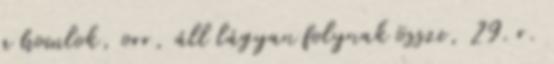
a homlok, orr, áll lágyan folynak össze, 29. r.